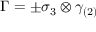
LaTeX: \Gamma = \pm \sigma _ { 3 } \otimes \gamma _ { ( 2 ) }